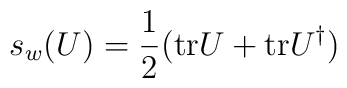
s_w(U) = \frac{1}{2} ( \mbox{tr} U + \mbox{tr} U^\dagger )